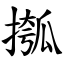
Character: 摦